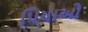
પિયાઓ